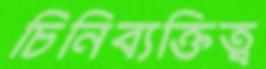
চিনিব্যক্তিত্ব